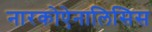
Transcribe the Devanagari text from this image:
नारकोऐनालिसिस